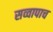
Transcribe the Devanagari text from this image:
सव्वापाच